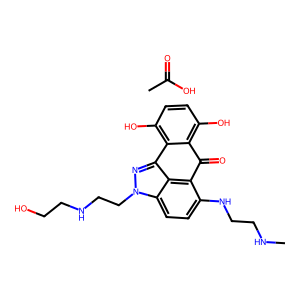
SMILES: CC(=O)O.CNCCNc1ccc2c3c(nn2CCNCCO)-c2c(O)ccc(O)c2C(=O)c13
Inhibits HIV replication: No